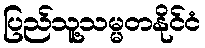
ပြည်သူ့သမ္မတနိုင်ငံ